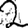
Digit: 2